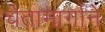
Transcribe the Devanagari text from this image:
चेतामार्गाने